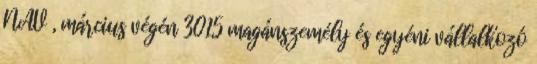
NAV , március végén 3015 magánszemély és egyéni vállalkozó